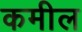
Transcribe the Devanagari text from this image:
कमील